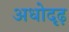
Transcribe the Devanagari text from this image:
अधोदृढ़